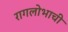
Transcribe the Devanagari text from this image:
रागलोभाची